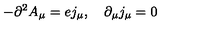
- \partial ^ { 2 } A _ { \mu } = e j _ { \mu } , \quad \partial _ { \mu } j _ { \mu } = 0